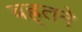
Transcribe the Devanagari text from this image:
बह्र्तने